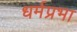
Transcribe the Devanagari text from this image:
धर्मप्रभा